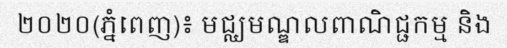
២០២០(ភ្នំពេញ)៖ មជ្ឈមណ្ឌលពាណិជ្ជកម្ម និង